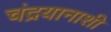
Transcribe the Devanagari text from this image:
चंद्रयानाशी